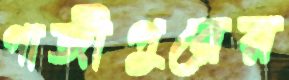
গাজীপুরের